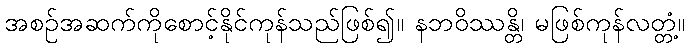
အစဉ်အဆက်ကိုစောင့်နိုင်ကုန်သည်ဖြစ်၍။ နဘဝိဿန္တိ၊ မဖြစ်ကုန်လတ္တံ့။